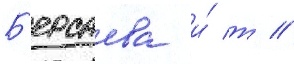
Б'ерсаева и́ т //